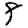
Digit: 8